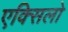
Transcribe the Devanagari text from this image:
एक्सिलो